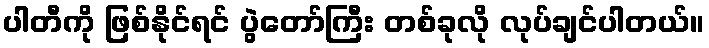
ပါတီကို ဖြစ်နိုင်ရင် ပွဲတော်ကြီး တစ်ခုလို လုပ်ချင်ပါတယ်။